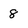
Character: 8